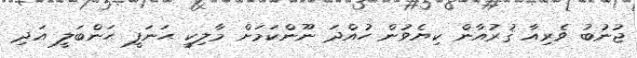
ޖުނުބު ވެރިއާ ޤުރުއާން ކިޔެވުން ހުއްދަ ނޫންކަމަށް މާލިކީ ޙަނަފީ ޙަންބަލީ އަދި